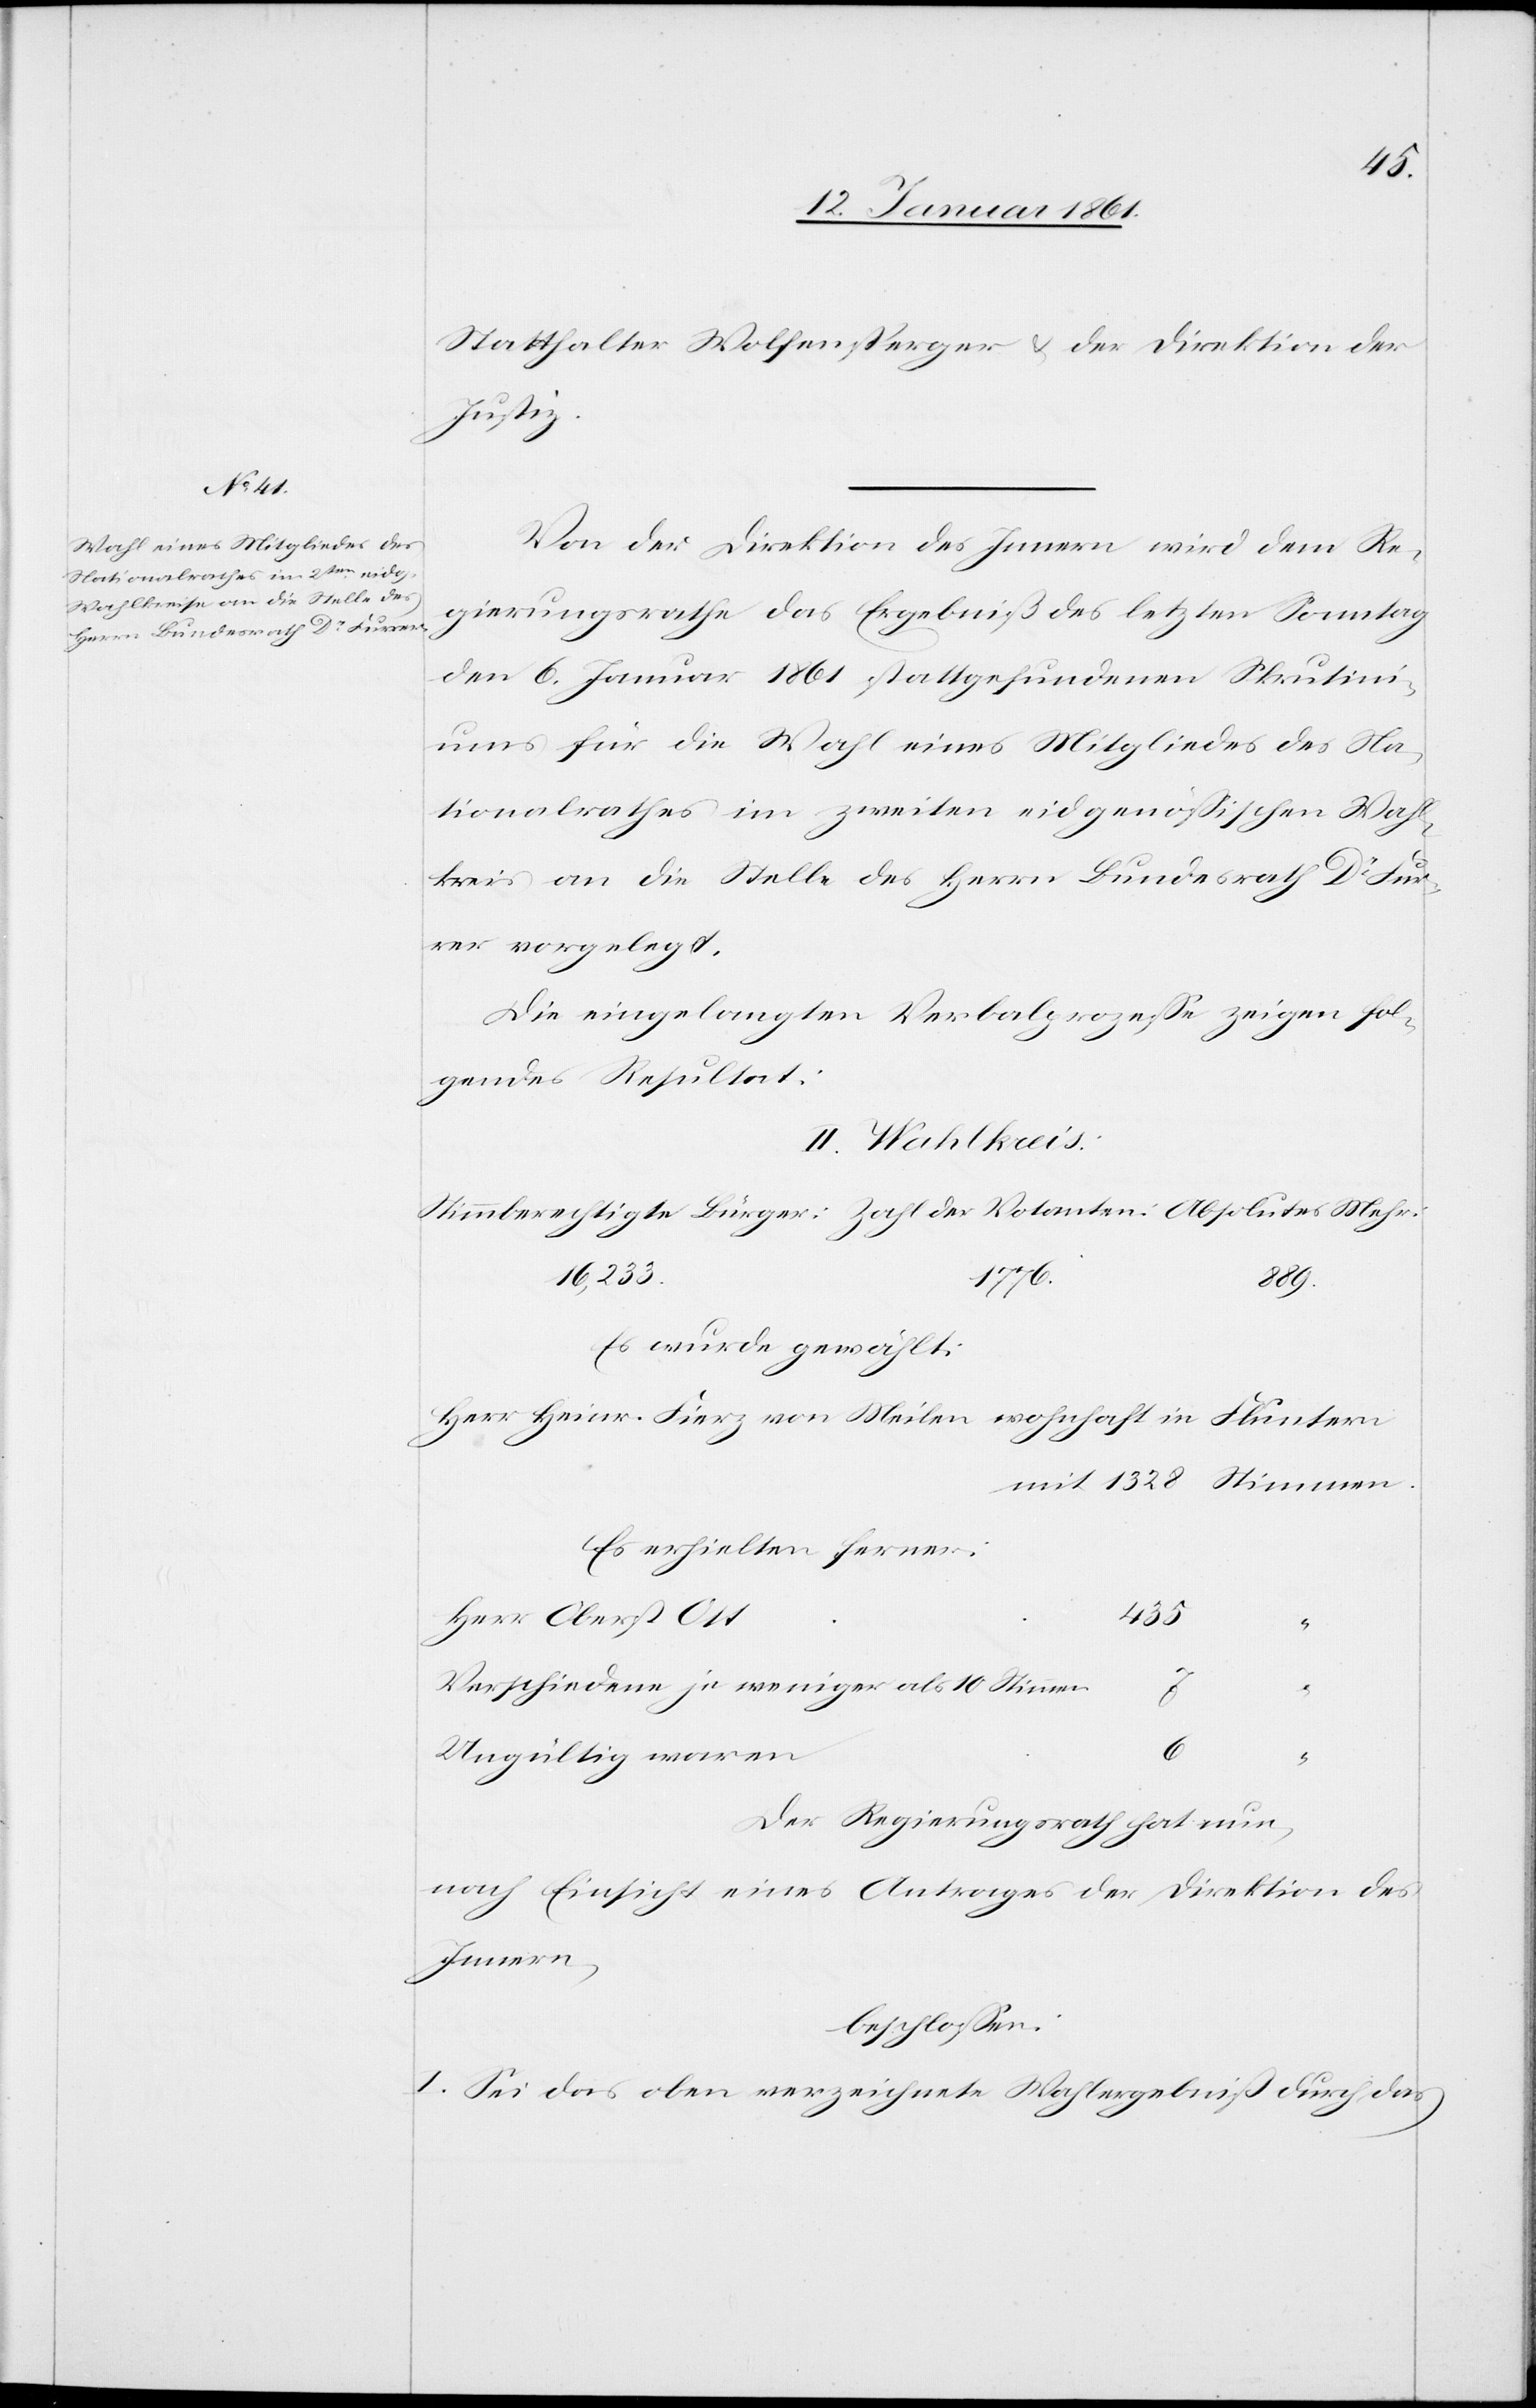
Statthalter Wolfensperger u. der Direktion der
Justiz.
Von der Direktion des Innern wird dem Re¬
gierungsrathe das Ergebniß des letzten Sonntag
den 6. Januar 1861 stattgefundenen Skrutini¬
ums für die Wahl eines Mitgliedes des Na¬
tionalrathes im zweiten eidgenössischen Wah¬
lkreis an die Stelle des Herrn Bundesrath Dr. Fur¬
rer vorgelegt.
Die eingelangten Verbalprozesse zeigen fol¬
gendes Resultat:
II. Wahlkreis
16,233.
1776.
889.
Es wurde gewählt:
Herr Heinr. Fierz von Meilen wohnhaft in Fluntern
Es erhielten ferner:
435
Herr Oberst Ott
Verschiedene je weniger als 10 Stimmen
Ungültig waren
“
Der Regierungsrath hat nun,
nach Einsicht eines Antrages der Direktion des
Innern,
beschlossen:
I. Sei das oben verzeichnete Wahlergebniss durch das